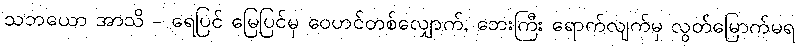
သဘယော အာသိ - ရေပြင် မြေပြင်မှ ဝေဟင်တစ်လျှောက်, ဘေးကြီး ရောက်လျက်မှ လွတ်မြောက်မရ